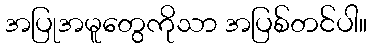
အပြုအမူတွေကိုသာ အပြစ်တင်ပါ။